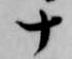
十